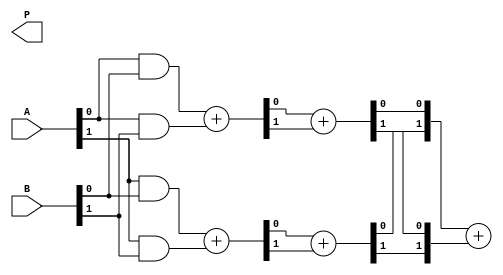
module dadda_multiplier #(parameter N = 4) (
    input  [N-1:0] A,
    input  [N-1:0] B,
    output [2*N-1:0] P
);

    // Partial product generation
    wire [N-1:0] pp [N-1:0]; // Partial products
    genvar i, j;
    generate
        for (i = 0; i < N; i = i + 1) begin : pp_gen
            for (j = 0; j < N; j = j + 1) begin : pp_and
                assign pp[i][j] = A[j] & B[i];
            end
        end
    endgenerate

    // Intermediate wires for the reduction tree
    wire [N-1:0] sum1 [N-1:0]; // First stage sum
    wire [N-1:0] carry1 [N-1:0]; // First stage carry
    wire [N-1:0] sum2 [N-1:0]; // Second stage sum
    wire [N-1:0] carry2 [N-1:0]; // Second stage carry
    wire [N-1:0] final_sum; // Final sum
    wire [N-1:0] final_carry; // Final carry

    // Stage 1: Reduction of partial products
    generate
        for (j = 0; j < N; j = j + 1) begin : stage1
            if (j < N - 1) begin
                // Use half adders
                assign {carry1[j][0], sum1[j][0]} = pp[j][j] + pp[j+1][j]; // Half adder for two bits
                assign {carry1[j][1], sum1[j][1]} = pp[j][j+1] + pp[j+1][j+1]; // Half adder for two bits
            end else begin
                assign sum1[j][0] = pp[j][j];
                assign carry1[j][0] = 1'b0; // No carry
            end
        end
    endgenerate

    // Stage 2: Further reduction
    generate
        for (j = 0; j < N; j = j + 1) begin : stage2
            if (j < N - 1) begin
                // Use full adders
                assign {carry2[j][0], sum2[j][0]} = sum1[j][0] + carry1[j][0]; // Full adder for three bits
                assign {carry2[j][1], sum2[j][1]} = sum1[j][1] + carry1[j][1]; // Full adder for three bits
            end else begin
                assign sum2[j][0] = sum1[j][0];
                assign carry2[j][0] = 1'b0; // No carry
            end
        end
    endgenerate

    // Final sum
    assign {P[2*N-1], final_sum} = {1'b0, sum2[0]} + {1'b0, carry2[0]}; // Final addition

endmodule